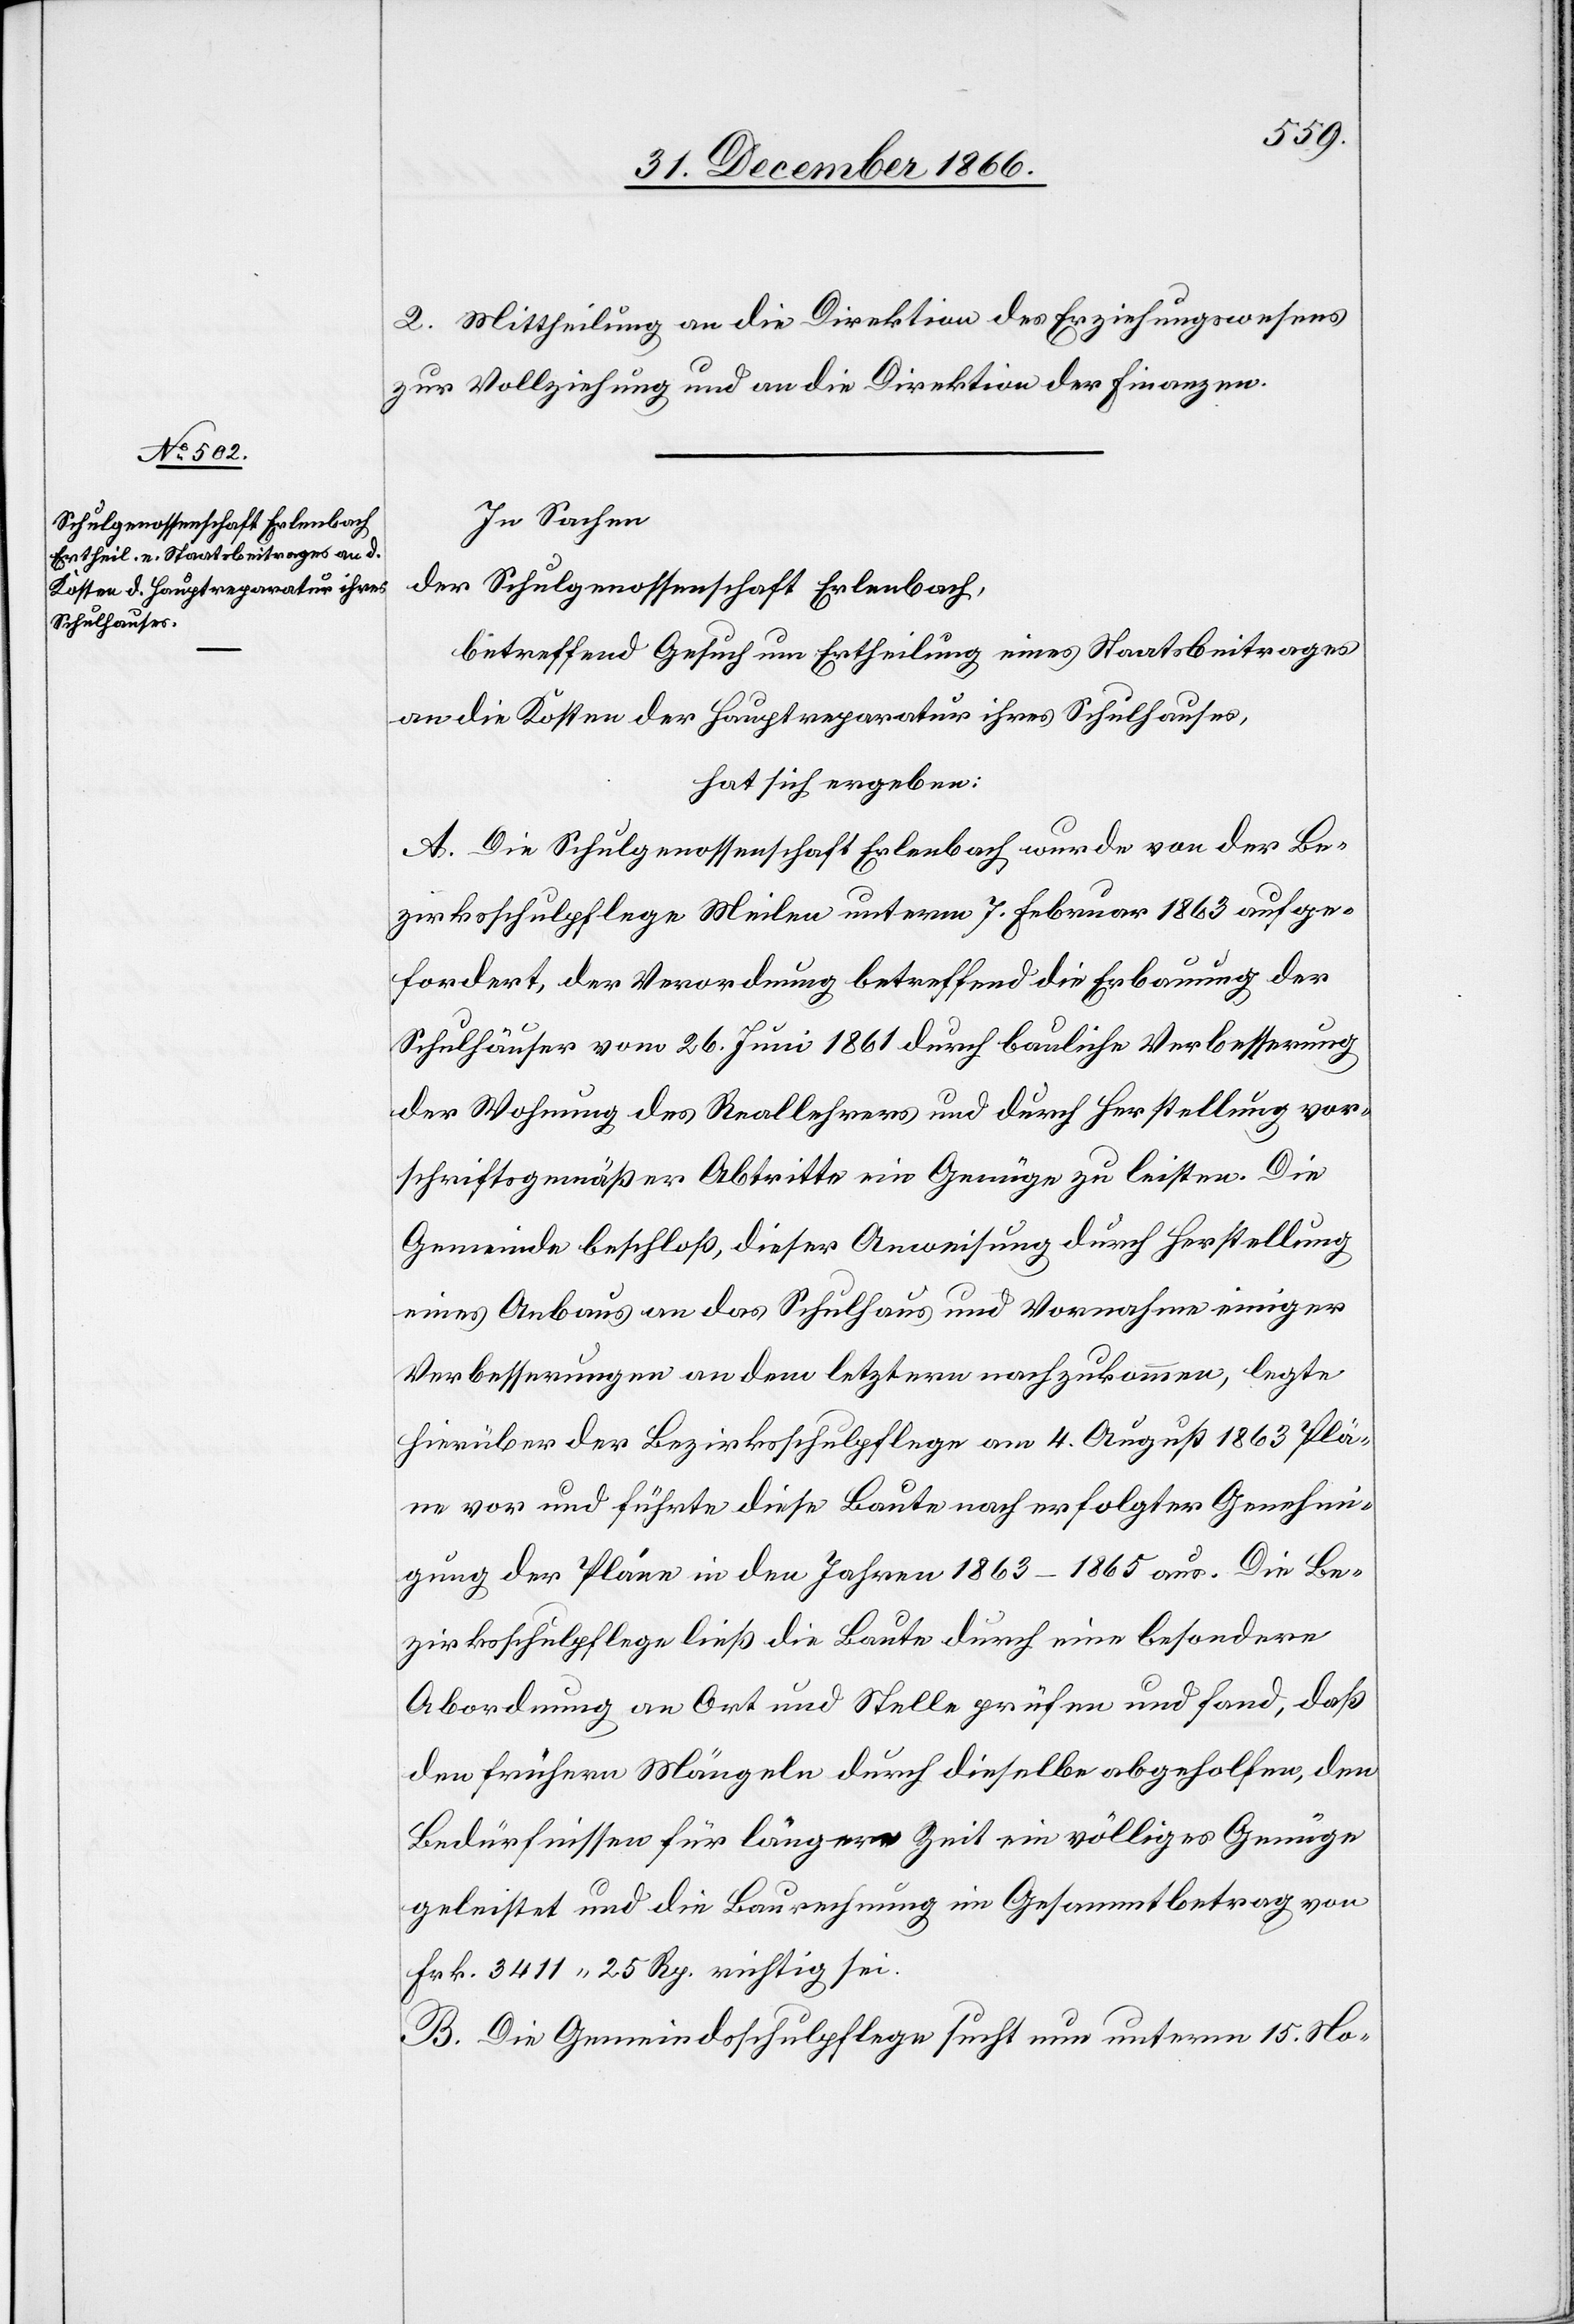
2. Mittheilung an die Direktion des Erziehungswesens
zur Vollziehung und an die Direktion der Finanzen.
In Sachen
der Schulgenossenschaft Erlenbach,
betreffend Gesuch um Ertheilung eines Staatsbeitrages
an die Kosten der Hauptreparatur ihres Schulhauses,
hat sich ergeben:
A. Die Schulgenossenschaft Erlenbach wurde von der Be¬
zirksschulpflege Meilen unterm 7. Februar 1863 aufge¬
fordert, der Verordnung betreffend die Erbauung der
Schulhäuser vom 26. Juni 1861 durch bauliche Verbesserung
der Wohnung des Reallehrers und durch Herstellung vor¬
schriftsgemäßer Abtritte ein Genüge zu leisten. Die
Gemeinde beschloß, dieser Anweisung durch Herstellung
eines Anbaus an das Schulhaus und Vornahme einiger
Verbesserungen an dem letztern nachzukommen, legte
hierüber der Bezirksschulpflege am 4. August 1863 Plä¬
ne vor und führte diese Baute nach erfolgter Genehmi¬
gung der Pläne in den Jahren 1863–1865 aus. Die Be¬
zirksschulpflege ließ die Baute durch eine besondere
Abordnung an Ort und Stelle prüfen und fand, daß
den frühern Mängeln durch dieselbe abgeholfen, den
Bedürfnissen für längere Zeit ein völliges Genüge
geleistet und die Baurechnung im Gesammtbetrag von
Frk. 3411.25 Rp. richtig sei.
B. Die Gemeindsschulpflege sucht nun unterm 15. No-